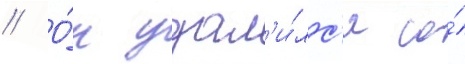
// О́н удал'и́лс'я со́